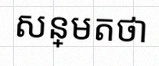
សន្មតថា